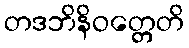
တဒဘိနိဝတ္တေတိ